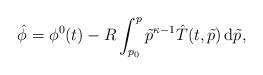
LaTeX: \begin{align*}\hat\phi=\phi^0(t)-R\int_{p_0}^p \tilde p^{\kappa-1}\hat T(t,\tilde p)\,\mathrm d\tilde p,\end{align*}